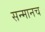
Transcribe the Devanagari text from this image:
सन्मानच